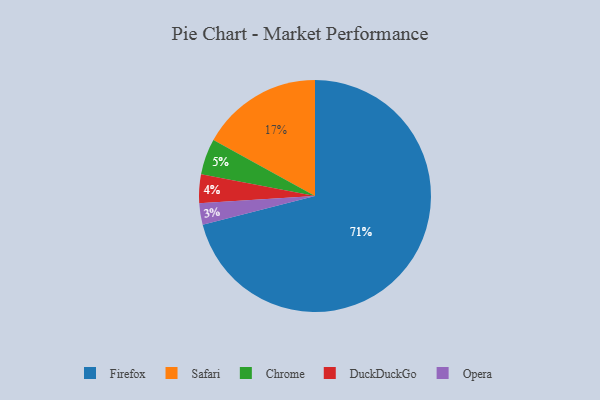
{"axis": {"x": "Category", "y": "Percentage"}, "legend": ["Chrome", "DuckDuckGo", "Firefox", "Opera", "Safari"], "data": [{"x": "Opera", "y": 3, "type": "Opera"}, {"x": "Firefox", "y": 71, "type": "Firefox"}, {"x": "DuckDuckGo", "y": 4, "type": "DuckDuckGo"}, {"x": "Chrome", "y": 5, "type": "Chrome"}, {"x": "Safari", "y": 17, "type": "Safari"}]}